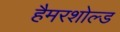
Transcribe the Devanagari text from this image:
हैमरशोल्ड